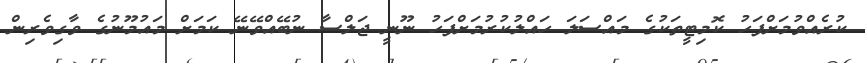
ކުރެއްވުމަށްފަހު ކޮމިޓީތަކުގެ މައްސަލަ ހައްލުކުރުމަށްފަހު ނޫނީ ޖަލްސާ ނުބޭއްވޭނޭ ކަމަށް މައުމޫނުގެ ވާގިވެރިން